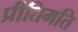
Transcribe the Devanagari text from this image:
प्रीतिमति